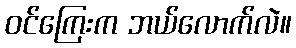
ဝင်ကြေးက ဘယ်လောက်လဲ။